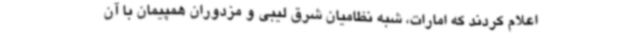
اعلام کردند که امارات، شبه نظامیان شرق لیبی و مزدوران همپیمان با آن